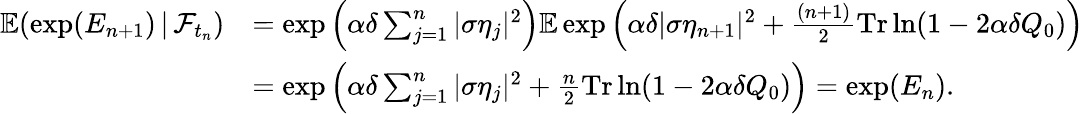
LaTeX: \begin{array}{rl}{\mathbb{E}(\exp(E_{n+1})\, |\, \mathcal{F}_{t_{n}})}&{=\exp\left(\alpha\delta\sum_{j=1}^{n}|\sigma\eta_{j}|^{2}\right)\mathbb{E}\exp\left(\alpha\delta|\sigma\eta_{n+1}|^{2}+\frac{(n+1)}{2}\mathrm{Tr}\ln(1-2\alpha\delta Q_{0})\right)}\\ &{=\exp\left(\alpha\delta\sum_{j=1}^{n}|\sigma\eta_{j}|^{2}+\frac{n}{2}\mathrm{Tr}\ln(1-2\alpha\delta Q_{0})\right)=\exp(E_{n}).}\end{array}